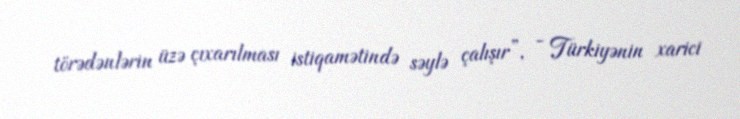
törədənlərin üzə çıxarılması istiqamətində səylə çalışır”, - Türkiyənin xarici